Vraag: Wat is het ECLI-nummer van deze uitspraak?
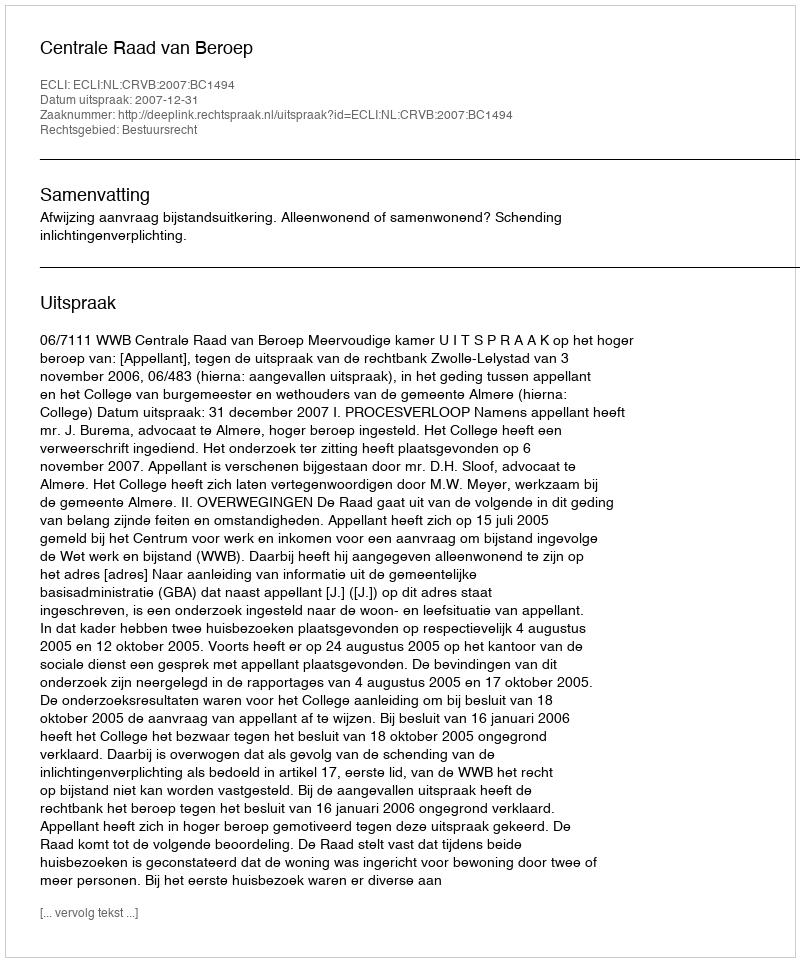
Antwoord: ECLI:NL:CRVB:2007:BC1494